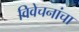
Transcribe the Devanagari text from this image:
विवेचनांचा